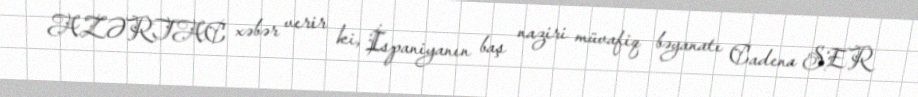
AZƏRTAC xəbər verir ki, İspaniyanın baş naziri müvafiq bəyanatı Cadena SER